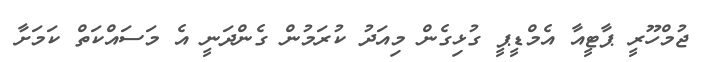
ޖުމްހޫރީ ޕާޓީއާ އެމްޑީޕީ ގުޅިގެން މިއަދު ކުރަމުން ގެންދަނީ އެ މަސައްކަތް ކަމަށާ